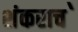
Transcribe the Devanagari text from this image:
शंकराच॓